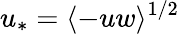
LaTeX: u_{\ast}=\langle-uw\rangle^{1/2}